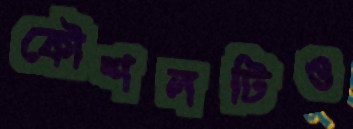
কৌশলটিও